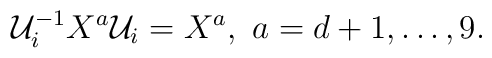
{\cal U}_i^{-1} X^a {\cal U}_i = X^a,~a= d+1,\ldots,9.